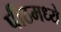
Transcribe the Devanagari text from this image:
पीठमध्ये